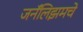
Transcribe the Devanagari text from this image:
जर्नॅलिझमचे